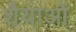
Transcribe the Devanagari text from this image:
शैैयाओं